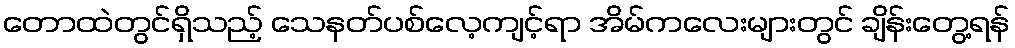
တောထဲတွင်ရှိသည့် သေနတ်ပစ်လေ့ကျင့်ရာ အိမ်ကလေးများတွင် ချိန်းတွေ့ရန်